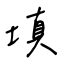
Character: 填